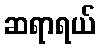
ဆရာရယ်